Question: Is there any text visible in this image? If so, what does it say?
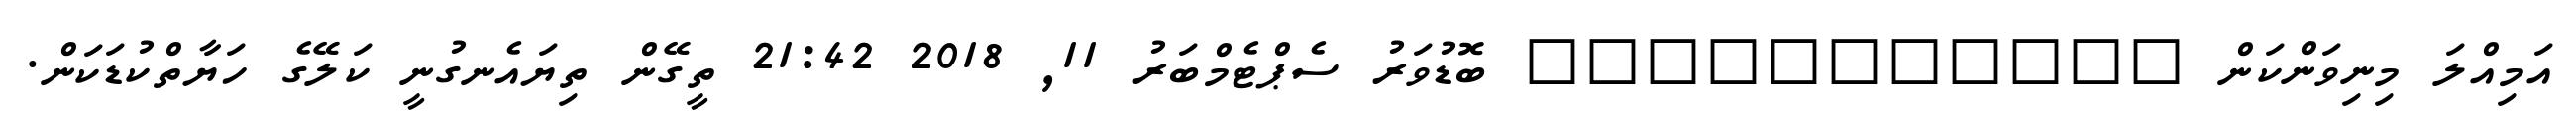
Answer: އަމިއްލަ މިނިވަންކަން ??????????? ބޮޑުވަރު ސެޕްޓެމްބަރު 11, 2018 21:42 ތީގޭން ތިޔައެނގުނީ ކަލޭގެ ހަޔާތްކުޑަކަން.